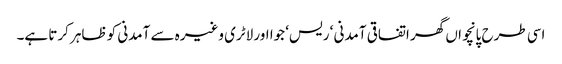
اسی طرح پانچواں گھر اتفاقی آمدنی ‘ ریس‘ جوا اور لاٹری وغیرہ سے آمدنی کو ظاہر کرتا ہے۔